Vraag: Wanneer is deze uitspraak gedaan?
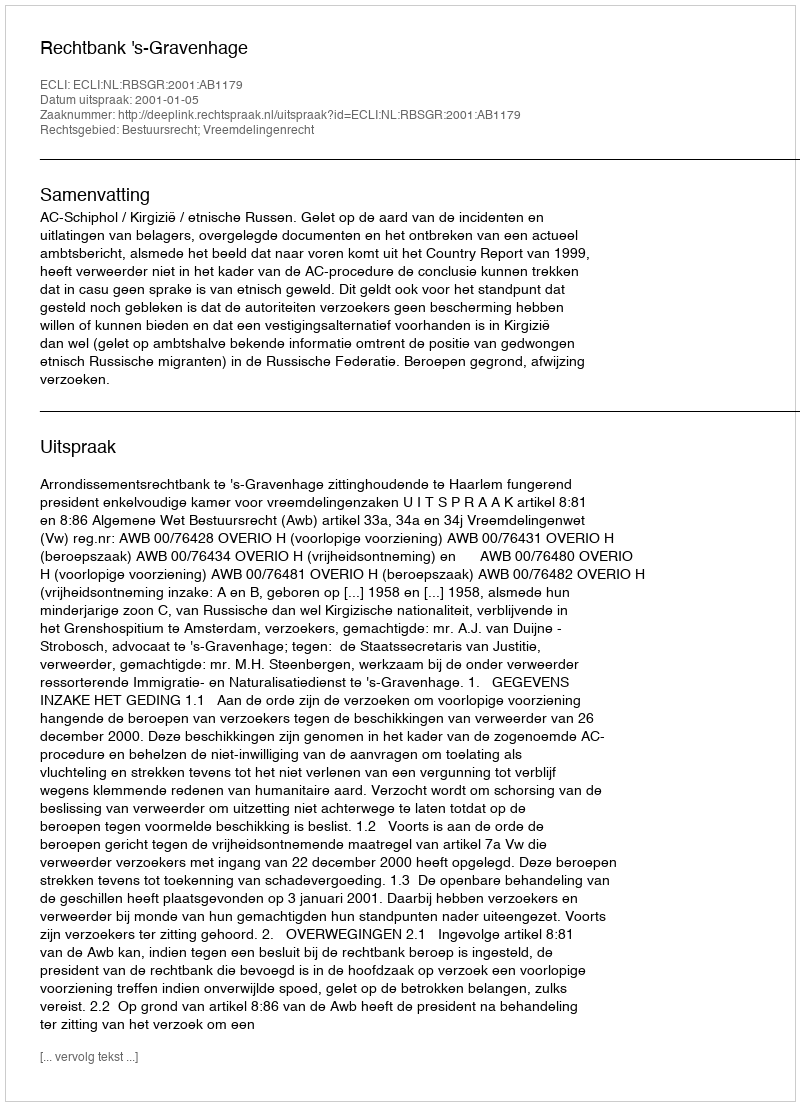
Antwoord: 2001-01-05